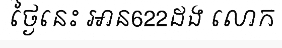
ថ្ងៃនេះ អាន622ដង លោក